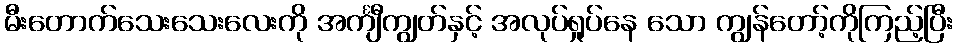
မီးတောက်သေးသေးလေးကို အင်္ကျီကျွတ်နှင့် အလုပ်ရှုပ်နေ သော ကျွန်တော့်ကိုကြည့်ပြီး